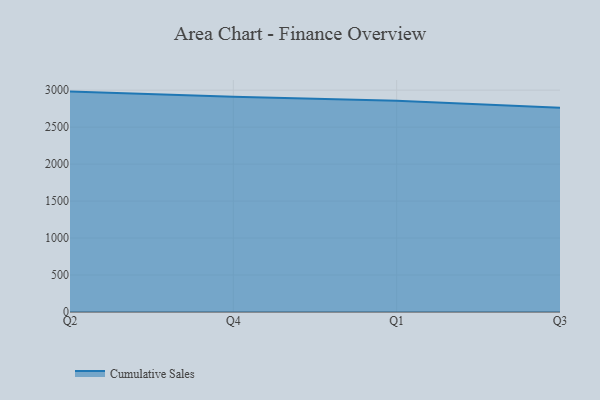
{"axis": {"x": "Quarter", "y": "Page Views"}, "legend": ["Cumulative Sales"], "data": [{"x": "Q2", "y": 2980.4, "type": "Cumulative Sales"}, {"x": "Q4", "y": 2910.0, "type": "Cumulative Sales"}, {"x": "Q1", "y": 2855.3, "type": "Cumulative Sales"}, {"x": "Q3", "y": 2762.6, "type": "Cumulative Sales"}]}